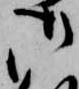
御